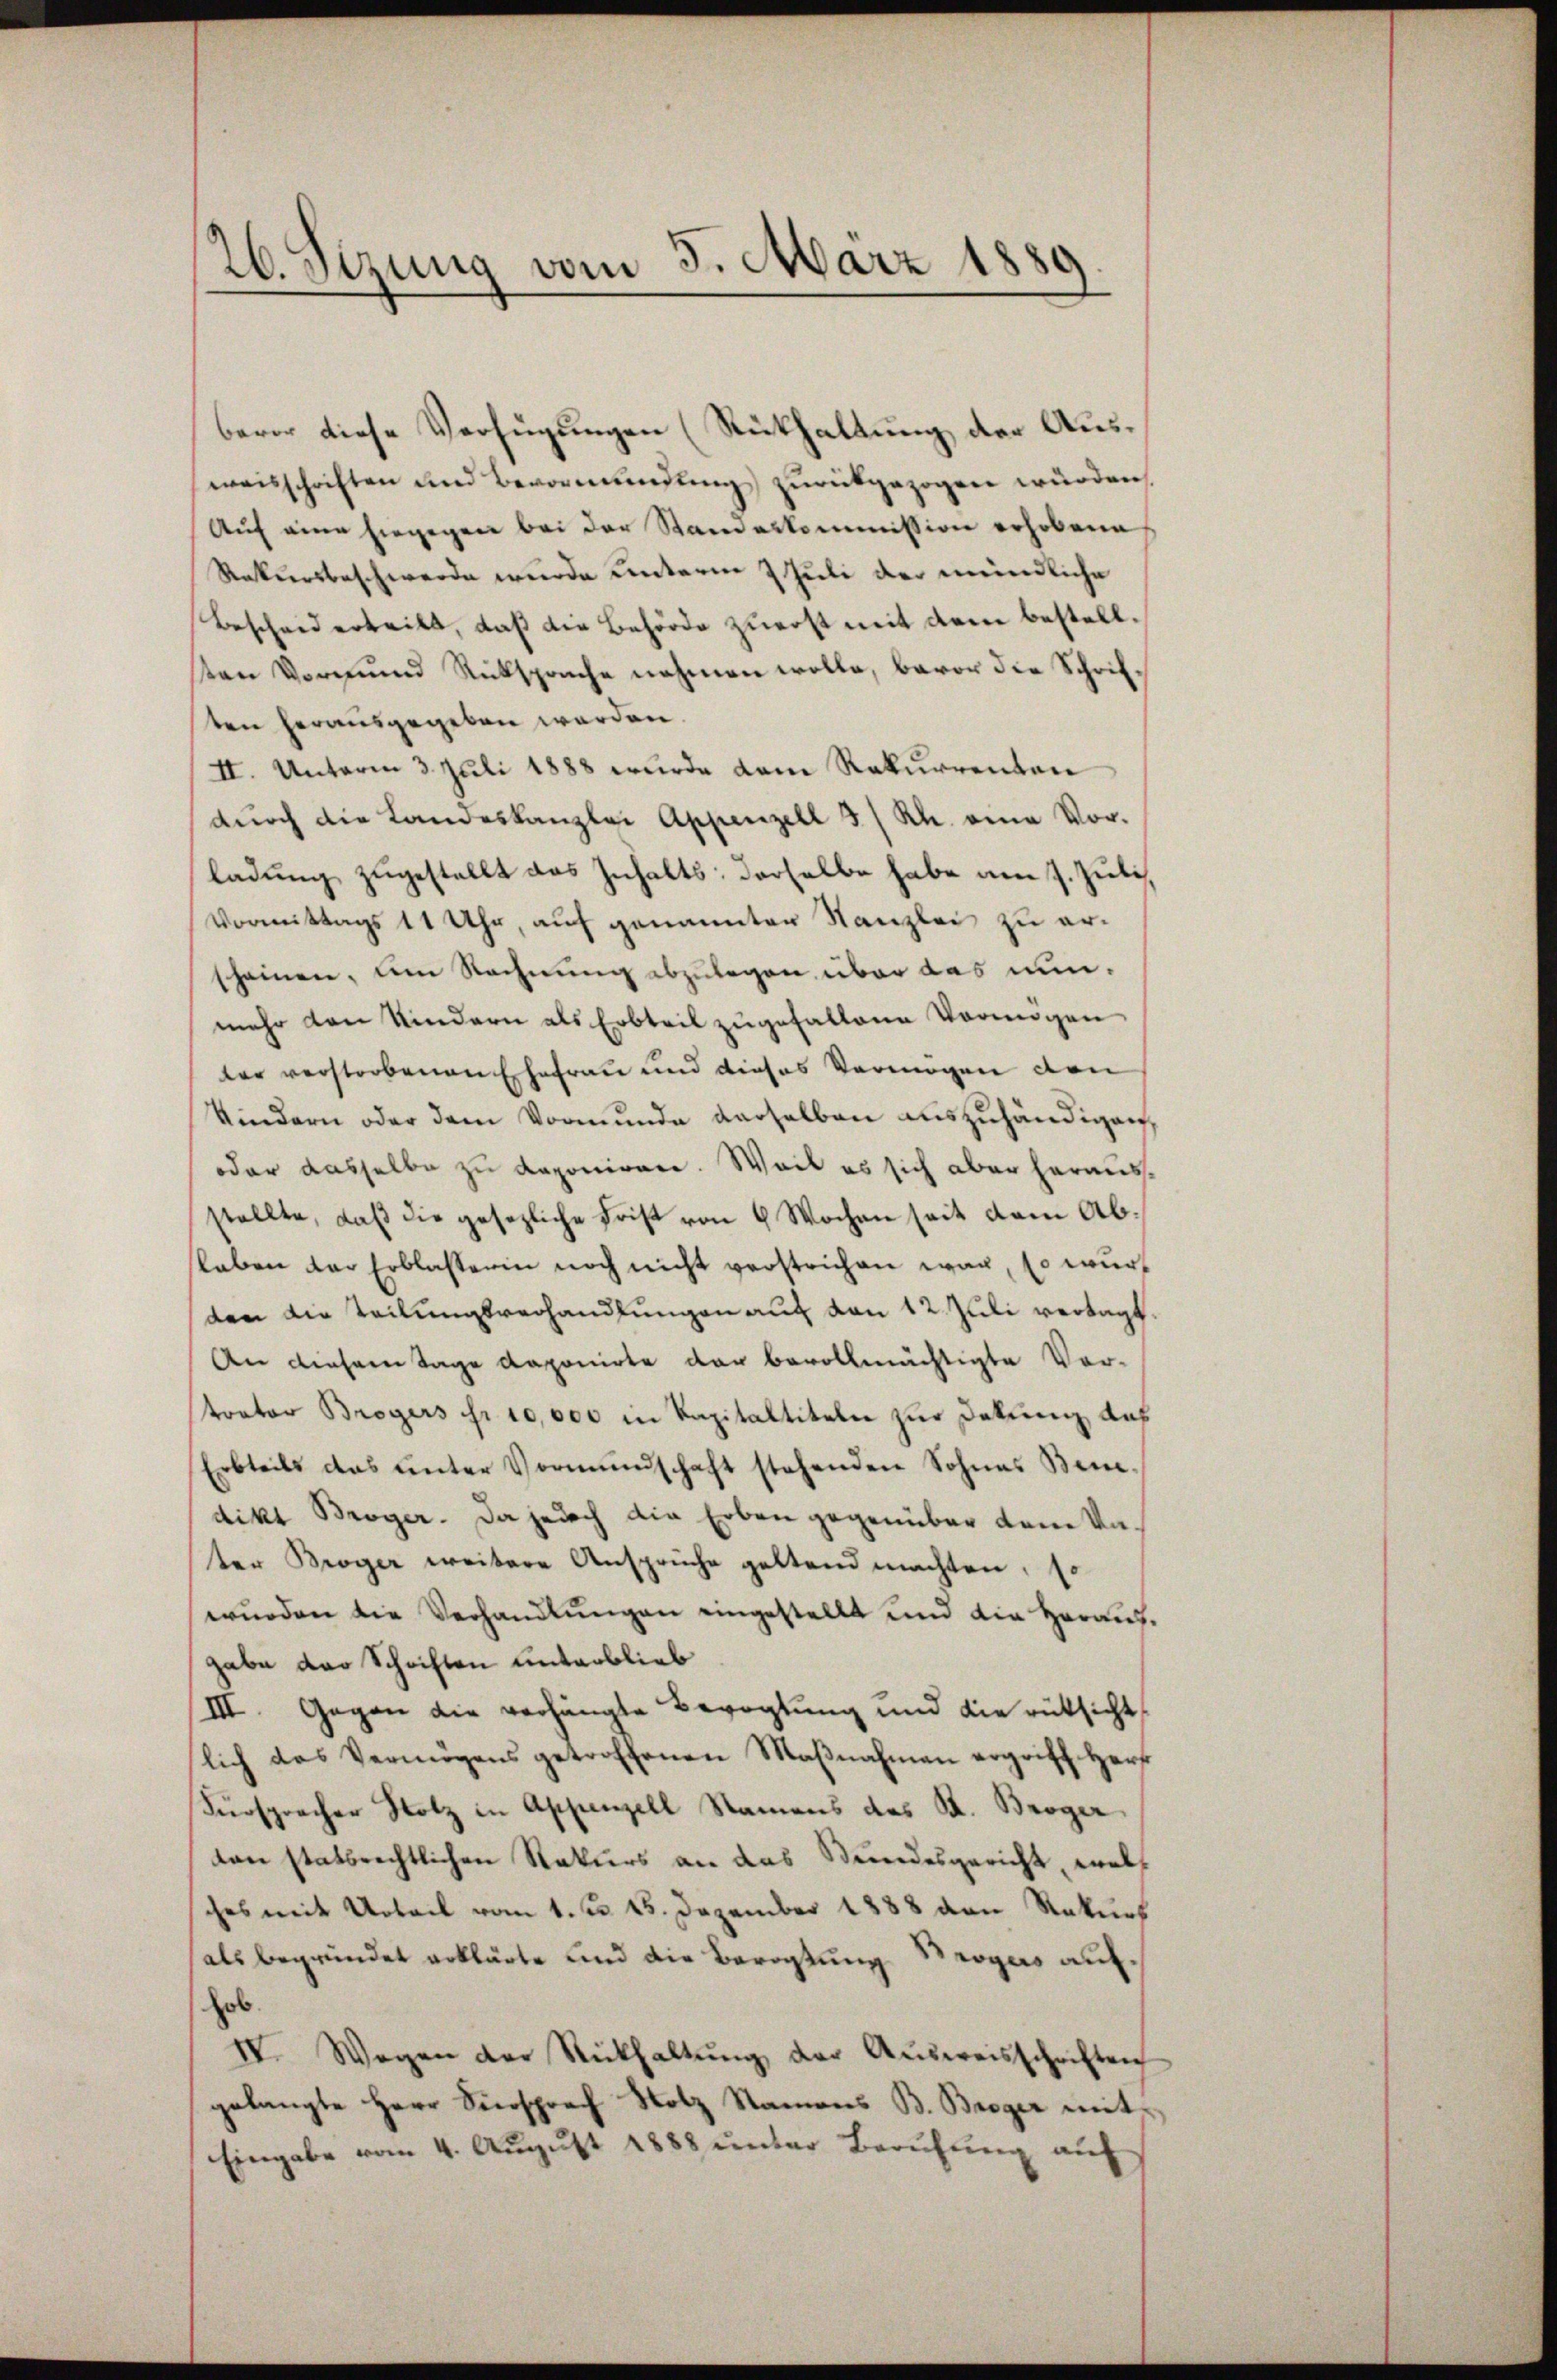
26. Sizung vom 3. März 1889.

barer diese Verfügungen (Rükhaltung der Ausweisschriften und Bevormundung) zurückgezogen würden,
Auf eine hingegen bei der Standeskommission erhobene
Rekursbeschwerde wurde unterm 7 Juli der meindliche
Bescheiderteilt, daß die Behörde zuerst mit dem bestellsten Vormund Rücksprache nahmen wolle, bevor die Schriften herausgegeben werden.
II. Unterm 3. Juli 1888 wurde dem Rekurrenten
dŭrch die Landeskanzlei Appenzell 3/ Rh. eine Vor-
ladung zugestellt das Inhalts; derselbe habe am 7. Juli
Vormittags 11 Uhr, auf genannten Kanzlei zu erheinen, um Rechnung abzulegen über das nunmehr den Kindern als Erbteil zugefallene Vermögen
ter verstorbenen Ehefrau und dieses Vermögen von
Kindern oder dem Vormunde derselben auszuhändigen,
oder dasselbe zu deponirere. Weil es sich aber herausstellte, daß die gesezliche Frist von 6 Wochen seit dem Abstaben der Erblasserin noch nicht verstrichen war, so wurd
den die Teilungsverhandlungen auf den 12. Juli vertagt.
An diesem Tage deponirte der bevollmächtigte Vor-
trator Brogers pr 10,000 in Kapitaltiteln zur Dekung das
Erbteils das unter Vormŭndschaft stehenden Sohnes Benne.
dikt Broger. Da jedoch die Erben gegenüber dem Va
ter Broger weitere Ansprüche geltend machten, so
wŭrden die Verhandlŭngen eingestellt und die Heraus-
gabe der Schachten unterblieb
III. Gegen die verhängte Bevogtung und die rüksicht,
lich das Vermögens getroffenen Maβnahmen ergriff Herr
Fürspracher Notz in Appenzell Namens des B. Broger
von statsrechtlichen Rekurs an das Stundesgericht, welch
sches mit Urteil vom 1. d. 15. Dezember 1888 von Rekurs
als begründet erklärte und die Beratung Bogus aufhob.
IV. Wagen der Rückhaltŭng der Aŭsweisschriften
gelangte Herr Seersprach Notz Namens B. Broger mit
Eingabe vom 4. August 1888 unter Berufung auf